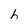
Character: h